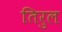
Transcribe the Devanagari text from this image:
तिरुल